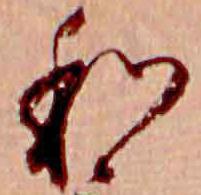
和